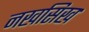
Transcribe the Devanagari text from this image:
नखसिख